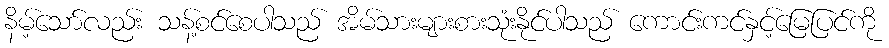
နိမ့်သော်လည်း သန့်စင်စေပါသည် အိမ်သားများစားသုံးနိုင်ပါသည် ကောင်းကင်နှင့်မြေပြင်ကို